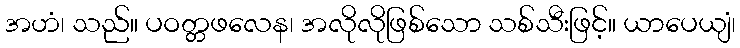
အဟံ၊ သည်။ ပဝတ္တဖလေန၊ အလိုလိုဖြစ်သော သစ်သီးဖြင့်။ ယာပေယျံ၊